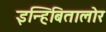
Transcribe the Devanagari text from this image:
इन्हिबितालोर